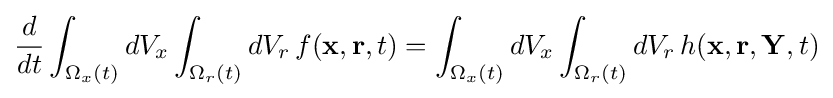
{\frac {d}{dt}}\int _{\Omega _{x}(t)}dV_{x}\int _{\Omega _{r}(t)}dV_{r}\,f(\mathbf {x} ,\mathbf {r} ,t)=\int _{\Omega _{x}(t)}dV_{x}\int _{\Omega _{r}(t)}dV_{r}\,h(\mathbf {x} ,\mathbf {r} ,\mathbf {Y} ,t)